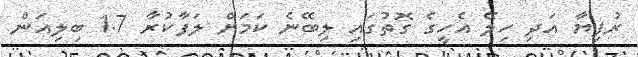
ރުފިޔާ އަދި ހިލޭ އެހީގެ ގޮތުގައި ލިބޭނެ ކަމަށް ލަފާކުރާ 1.7 ބިލިއަން